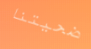
ضحيتنا